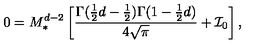
0 = M _ { \ast } ^ { d - 2 } \left[ \frac { \Gamma ( \frac { 1 } { 2 } d - \frac { 1 } { 2 } ) \Gamma ( 1 - \frac { 1 } { 2 } d ) } { 4 \sqrt { \pi } } + { \cal I } _ { 0 } \right] ,